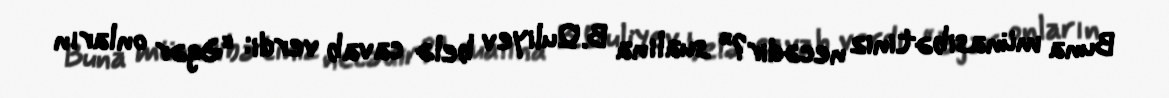
Buna münasibətiniz necədir?” sualına B.Quliyev belə cavab verdi: “Əgər onların